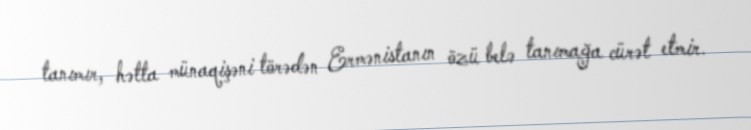
tanımır, hətta münaqişəni törədən Ermənistanın özü belə tanımağa cürət etmir.